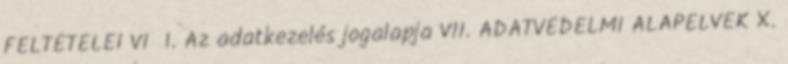
FELTÉTELEI VI 1. Az adatkezelés jogalapja VII. ADATVÉDELMI ALAPELVEK X.